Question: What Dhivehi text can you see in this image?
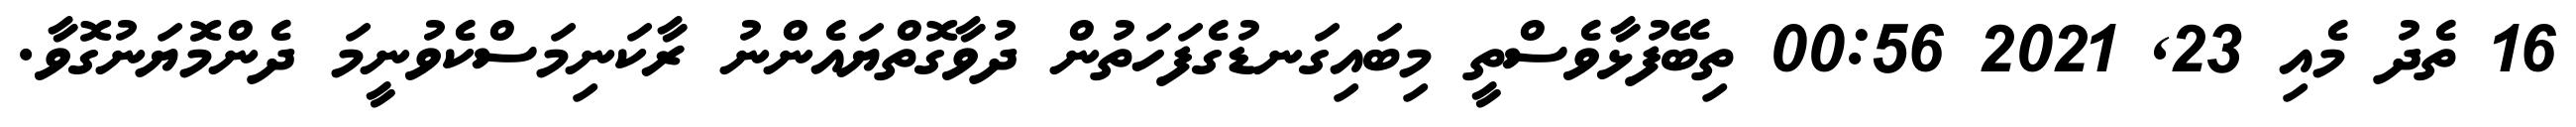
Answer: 16 ތެދު މެއި 23, 2021 00:56 ތިބޭފުޅާވެސްތީ މިބައިގަނޑުގެފަހަތުން ދުވާގޮތްޔައެންނު ރާކަނިމަސްކެވުނީމަ ދެންމޮޔަނުގޮވާ.